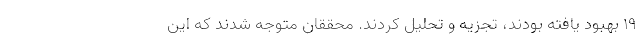
۱۹ بهبود یافته بودند، تجزیه و تحلیل کردند. محققان متوجه شدند که این